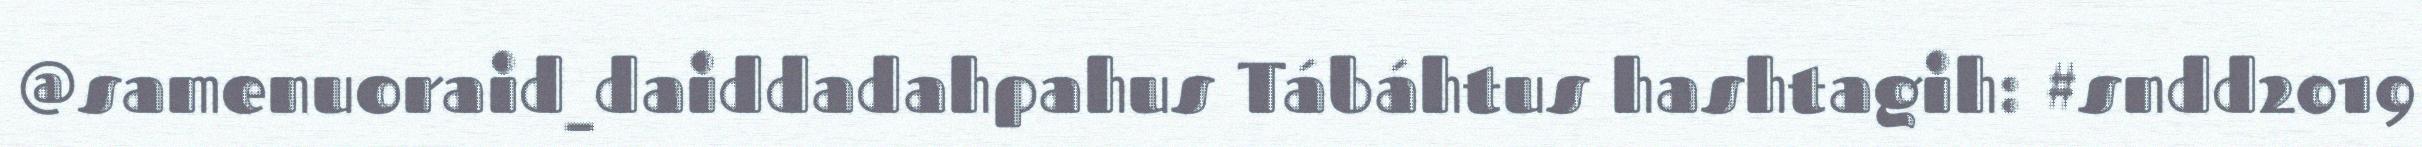
@samenuoraid_daiddadahpahus Tábáhtus hashtagih: #sndd2019